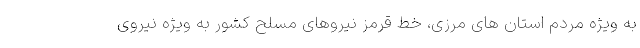
به ویژه مردم استان های مرزی، خط قرمز نیروهای مسلح کشور به ویژه نیروی